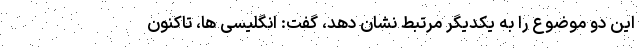
این دو موضوع را به یکدیگر مرتبط نشان دهد، گفت: انگلیسی ها، تاکنون